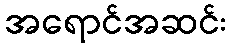
အရောင်အဆင်း